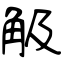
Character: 觙